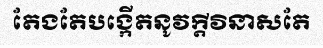
តែងតែបង្កើតនូវក្តីវិនាសតែ